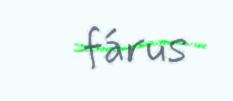
fárus